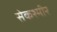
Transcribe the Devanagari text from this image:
सेकश्मीर